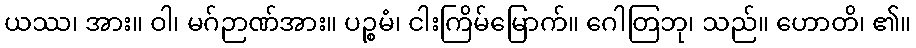
ယဿ၊ အား။ ဝါ၊ မဂ်ဉာဏ်အား။ ပဉ္စမံ၊ ငါးကြိမ်မြောက်။ ဂေါတြဘု၊ သည်။ ဟောတိ၊ ၏။